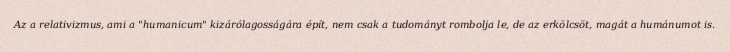
Az a relativizmus, ami a "humanicum" kizárólagosságára épít, nem csak a tudományt rombolja le, de az erkölcsöt, magát a humánumot is.